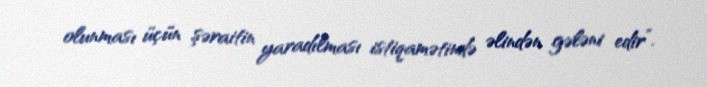
olunması üçün şəraitin yaradılması istiqamətində əlindən gələni edir”.